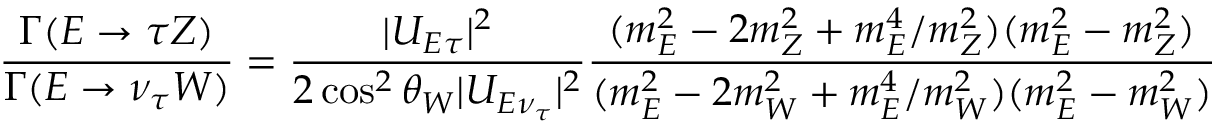
{ \frac { \Gamma ( E \rightarrow \tau Z ) } { \Gamma ( E \rightarrow \nu _ { \tau } W ) } } = { \frac { | U _ { E \tau } | ^ { 2 } } { 2 \cos ^ { 2 } \theta _ { W } | U _ { E \nu _ { \tau } } | ^ { 2 } } } { \frac { ( m _ { E } ^ { 2 } - 2 m _ { Z } ^ { 2 } + m _ { E } ^ { 4 } / m _ { Z } ^ { 2 } ) ( m _ { E } ^ { 2 } - m _ { Z } ^ { 2 } ) } { ( m _ { E } ^ { 2 } - 2 m _ { W } ^ { 2 } + m _ { E } ^ { 4 } / m _ { W } ^ { 2 } ) ( m _ { E } ^ { 2 } - m _ { W } ^ { 2 } ) } }